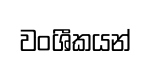
වංශීකයන්